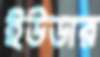
ইউডার